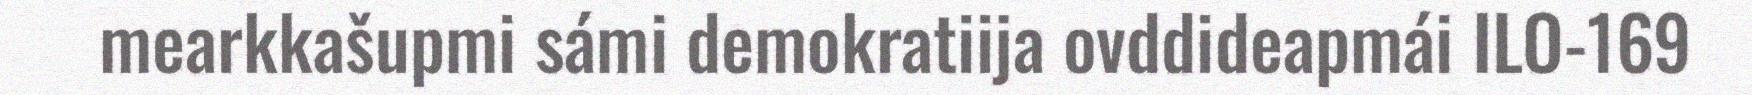
mearkkašupmi sámi demokratiija ovddideapmái ILO-169